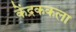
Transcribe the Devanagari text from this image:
केंद्रककला